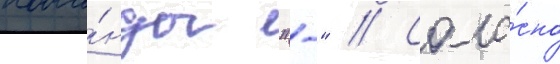
кома́нды "-" // Согла́сно